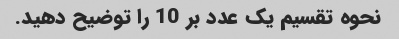
نحوه تقسیم یک عدد بر 10 را توضیح دهید.